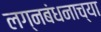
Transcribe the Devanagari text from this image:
लग्नबंधनाच्या